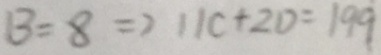
B = 8 \Rightarrow 1 1 C + 2 D = 1 9 9